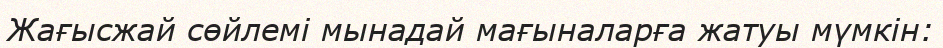
Жағысжай сөйлемі мынадай мағыналарға жатуы мүмкін: